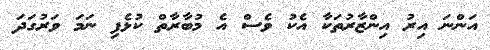
އަންނަ އިރު އިންޒާރުތަކާ އެކު ވެސް އެ މުބާރާތް ކުޅެފި ނަމަ ވަރުގަދަ